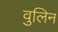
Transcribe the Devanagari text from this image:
वुलिन